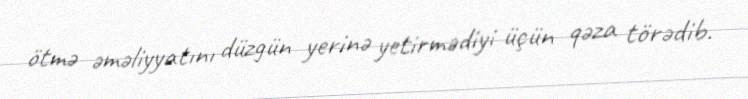
ötmə əməliyyatını düzgün yerinə yetirmədiyi üçün qəza törədib.